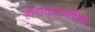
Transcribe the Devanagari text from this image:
होरावृत्तावरील